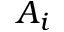
A _ { i }